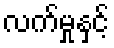
လက်မှုနှင့်